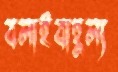
বলাইবাহুল্য